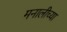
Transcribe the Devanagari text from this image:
मनालीच्या